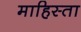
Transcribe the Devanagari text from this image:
माहिस्ता